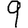
Digit: 9